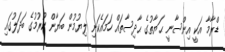
ޑްރާމާ އަކީ އިންސާނީ ޙަޔާތުގެ ޙާދިސާތައް ހަމައެކަނި ލިޔުމުން ބަޔާން ކުރުމުގެ ބަދަލުގައި